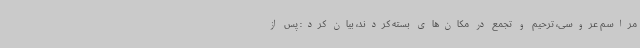
مراسم عروسی، ترحیم و تجمع در مکان‌های بسته کردند، بیان کرد: پس از